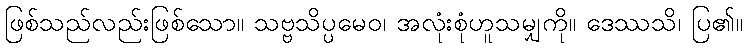
ဖြစ်သည်လည်းဖြစ်သော။ သဗ္ဗသိပ္ပမေဝ၊ အလုံးစုံဟူသမျှကို။ ဒေဿသိ၊ ပြ၏။